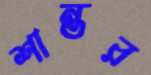
শান্তর